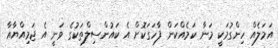
އަމަލެއް ހިންގުމަކީ މަނާ ކަމެއްކަން ފާހަގަކޮށް އެ ކައުންސިލްތަކުގެ ވަނީ އެ ޖަމިއްޔާއާ